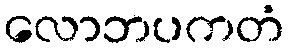
လောဘပကတံ